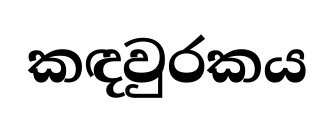
කඳවුරකය